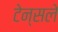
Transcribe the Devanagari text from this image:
टेन्सले